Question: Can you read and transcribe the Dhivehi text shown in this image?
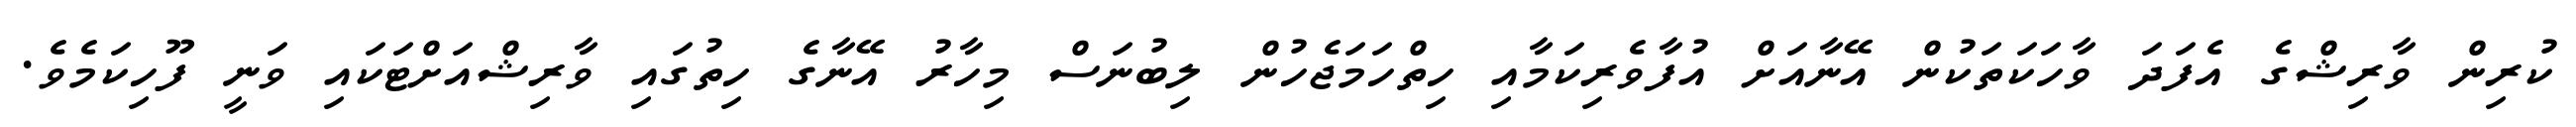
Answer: ކުރިން ވާރިޝްގެ އެފަދަ ވާހަކަތަކުން އޭނާއަށް އުފާވެރިކަމާއި ހިތްހަމަޖެހުން ލިބުނަސް މިހާރު އޭނާގެ ހިތުގައި ވާރިޝްއަށްޓަކައި ވަނީ ފޫހިކަމެވެ.